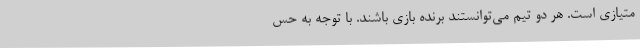
متیازی است. هر دو تیم می‌توانستند برنده بازی باشند. با توجه به حس